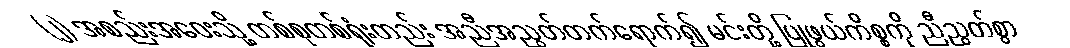
(၂) အစည်းအဝေးသို့ တစ်စုတစ်ရုံးတည်း အညီအညွတ်တက်ရောက်၍ မင်းတို့ ပြုဖွယ်ကိစ္စကို ညီညွတ်စွာ